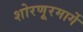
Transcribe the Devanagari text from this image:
शोरणूरमार्गे